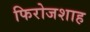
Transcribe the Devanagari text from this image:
फिरोजशाह